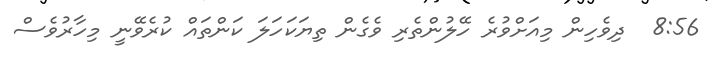
8:56  ދިވެހިން މިއަށްވުރެ ހޭލުންތެރި ވެގެން ތިޔަކަހަލަ ކަންތައް ކުރެވޭނީ މިހާރުވެސް